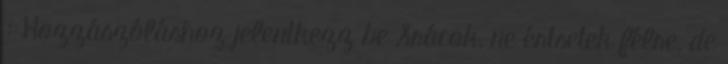
: Hozzászóláshoz jelentkezz be Srácok, ne értsetek félre, de